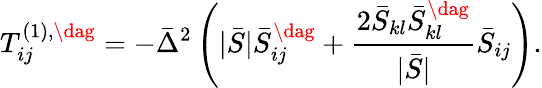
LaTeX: T_{ij}^{\left(1\right),\dag}=-{{\bar{\Delta}}^{2}}\left({|\bar{S}|\bar{S}_{ij}^{\dag}+\frac{{2{{\bar{S}}_{kl}}\bar{S}_{kl}^{\dag}}}{{|\bar{S}|}}{{\bar{S}}_{ij}}}\right).